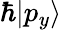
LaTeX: \hbar|p_{y}\rangle